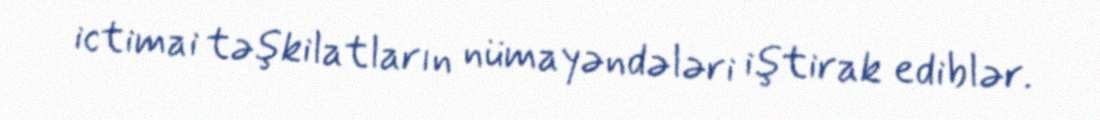
ictimai təşkilatların nümayəndələri iştirak ediblər.